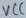
Text: VCC